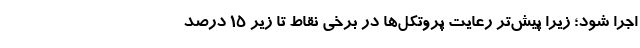
اجرا شود؛ زیرا پیش‌تر رعایت پروتکل‌ها در برخی نقاط تا زیر ۱۵ درصد